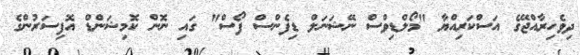
ދިވެހިރާއްޖޭގެ އަސްކަރިއްޔާ "މޯލްޑިވްސް ނޭޝަނަލް ޑިފެންސް ފޯސް" ގައި ނޮން ކޮމިޝަންޑް އޮފިސަރުންގެ